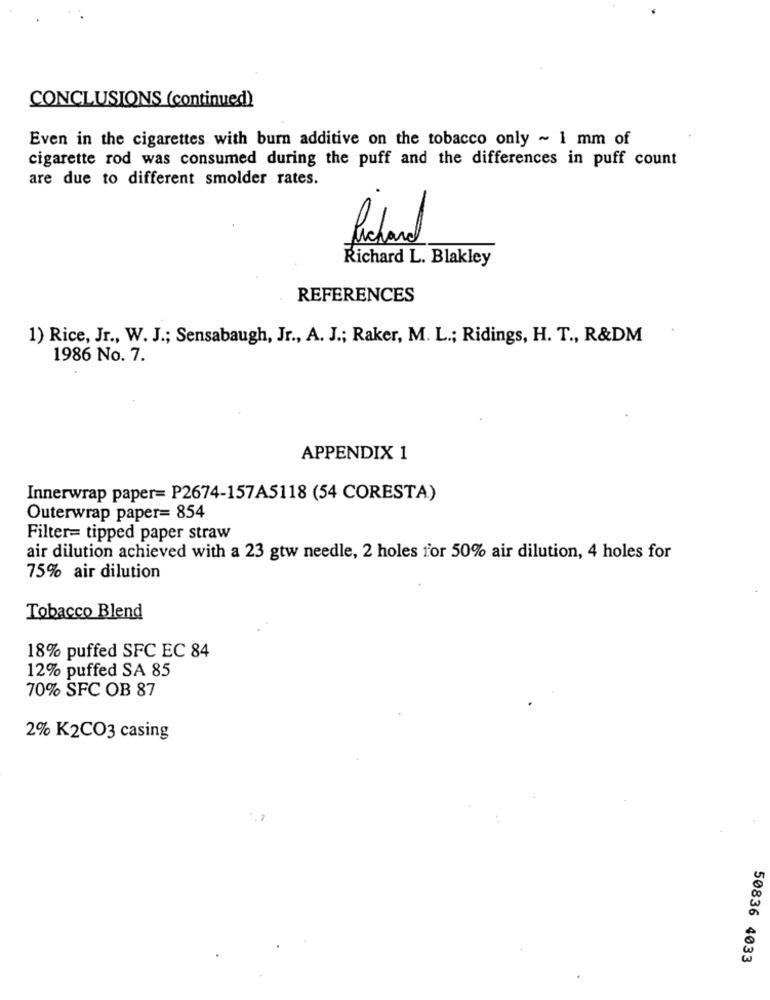
CONCLUSIONS (continued)
Even in the cigarettes with burn additive on the tobacco only ~ 1 mm of
cigarette rod was consumed during the puff and the differences in puff count
are due to different smolder rates.
Richard
Richard L. Blakley
REFERENCES
1) Rice, Jr ., W. J .; Sensabaugh, Jr ., A. J .; Raker, M. L .; Ridings, H. T ., R&DM
1986 No. 7.
APPENDIX 1
Innerwrap paper= P2674-157A5118 (54 CORESTA)
Outerwrap paper= 854
Filter= tipped paper straw
air dilution achieved with a 23 gtw needle, 2 holes for 50% air dilution, 4 holes for
75% air dilution
Tobacco Blend
18% puffed SFC EC 84
12% puffed SA 85
70% SFC OB 87
2% K2CO3 casing
50836 4033